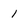
Character: 1